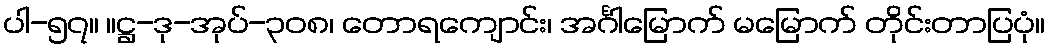
ပါ-၅၇။ ။ဋ္ဌ-ဒု-အုပ်-၃၀၈၊ တောရကျောင်း၊ အင်္ဂါမြောက် မမြောက် တိုင်းတာပြပုံ။